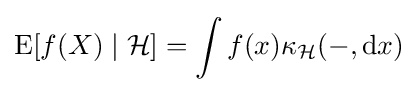
\operatorname {E} [f(X)\mid {\mathcal {H}}]=\int f(x)\kappa _{\mathcal {H}}(-,\mathrm {d} x)